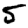
Digit: 5